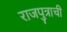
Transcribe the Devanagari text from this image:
राजपुत्राची